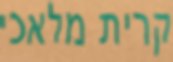
קרית מלאכי